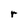
Character: r